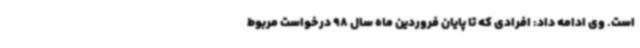
است. وی ادامه داد: افرادی که تا پایان فروردین ماه سال 98 درخواست مربوط